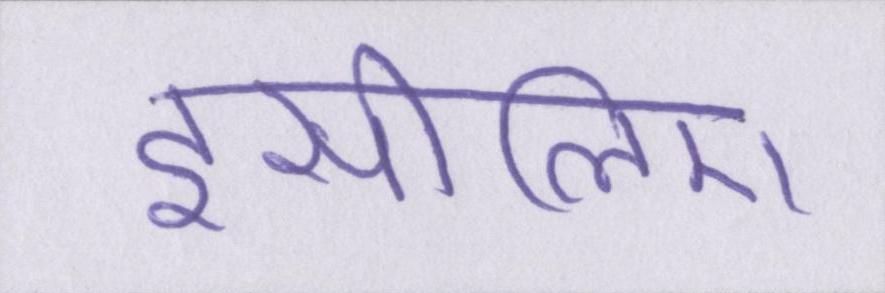
इसीलिए